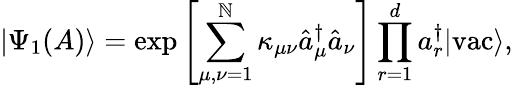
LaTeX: |\Psi_{1}(A)\rangle=\exp\left[\sum_{\mu,\nu=1}^{\mathbb{N}}\kappa_{\mu\nu}\hat{{a}}_{\mu}^{\dagger}\hat{{a}}_{\nu}\right]\prod_{r=1}^{d}a_{r}^{\dagger}|\textrm{{vac}}\rangle,